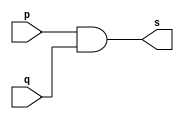
//----------------------
//Exemplo0003 - AND
//Nome:Wender Zacarias Xavier
//Matrcula:427472
//----------------------

//----------------------
//--and gate
//----------------------

module andgate (output s, input p, input q);
 assign s = p&q;	//criar vinculo permanente
        		   	//(dependencia)
endmodule // andgate

//----------------------
//--test and gate
//----------------------
module testandgate;
//----------------------dados locais
  reg a,b;    //definir registrador
  				//(variavel independente)
  wire s;	// definir conexao(fio)
   			//(variavel dependente)
//---------------------- instancia
  andgate AND1(s,a,b);
//---------------------- preparacao
 initial begin:start
  a=0; b=0;
 end
//---------------------- parte principal
 initial begin
   $display("Exemplo0002 - Wender Zacarias Xavier - 427472");
	$display("Test AND gate");
	$display("\na & b = s\n");
	a=0;b=0;
#1 $display("%b & %b = %b",a,b,s);
	a=0;b=1;
#1	$display("%b & %b = %b",a,b,s);
	a=1;b=0;
#1 $display("%b & %b = %b",a,b,s);
	a=1;b=1;
#1 $display("%b & %b = %b",a,b,s);		
		end

endmodule //testandgate


/** Resultados obtidos
	Test AND gate
    
    a & b = s
    
    0 & 0 = 0
    0 & 1 = 0
    1 & 0 = 0
    1 & 1 = 1

    						  
   **/